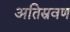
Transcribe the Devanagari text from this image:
अतिस्रवण